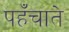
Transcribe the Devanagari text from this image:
पहँचाते